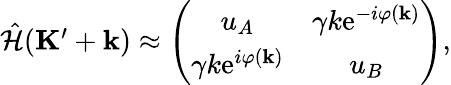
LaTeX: \begin{array}{r}{\hat{\mathcal{H}}(\mathbf{K}^{\prime}+\mathbf{k})\approx\left(\begin{array}{cc}{u_{A}}&{\gamma k\mathrm{e}^{-i\varphi(\mathbf{k})}}\\ {\gamma k\mathrm{e}^{i\varphi(\mathbf{k})}}&{u_{B}}\end{array}\right),}\end{array}